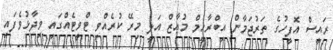
ރައީސް އޮފީހުގެ ތަރުޖަމާން އިބްރާހީމް މުޢާޒް އަލީ މިރޭ ކުރެއްވި ޓްވީޓެއްގައި ވިދާޅުވެފައި